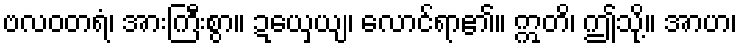
ဗလဝတရံ၊ အားကြီးစွာ။ ဍယှေယျ၊ လောင်ရာ၏။ ဣတိ၊ ဤသို့။ အာဟ၊